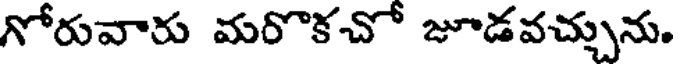
గోరువారు మరొకచో జూడవచ్చును.